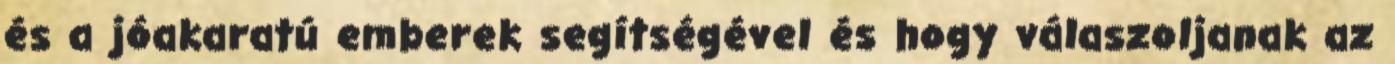
és a jóakaratú emberek segítségével és hogy válaszoljanak az